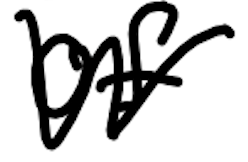
Text: of
Cross-out: zig-zag
Writing tool: digital_black